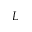
L